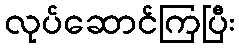
လုပ်ဆောင်ကြပြီး